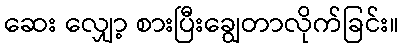
ဆေး လျှော့ စားပြီးချွေတာလိုက်ခြင်း။